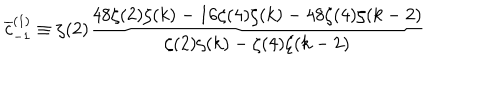
LaTeX: \overline { { { c } } } _ { - 1 } ^ { ( 1 ) } \equiv \zeta ( 2 ) \frac { 4 8 \zeta ( 2 ) \zeta ( k ) - 1 6 \zeta ( 4 ) \zeta ( k ) - 4 8 \zeta ( 4 ) \zeta ( k - 2 ) } { \zeta ( 2 ) \zeta ( k ) - \zeta ( 4 ) \zeta ( k - 2 ) }